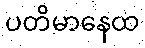
ပတိမာနေထ